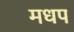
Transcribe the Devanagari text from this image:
मधप